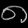
Digit: ၈